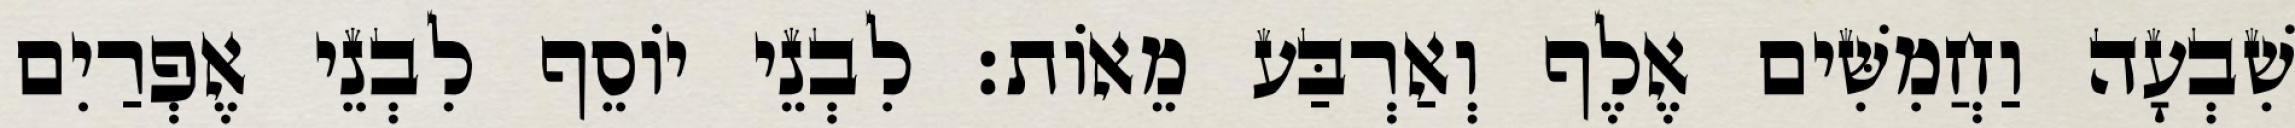
שִׁבְעָה וַחֲמִשִּׁים אֶלֶף וְאַרְבַּע מֵאוֹת׃ לִבְנֵי יוֹסֵף לִבְנֵי אֶפְרַיִם